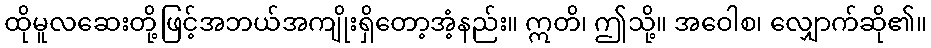
ထိုမူလဆေးတို့ဖြင့်အဘယ်အကျိုးရှိတော့အံ့နည်း။ ဣတိ၊ ဤသို့။ အဝေါစ၊ လျှောက်ဆို၏။